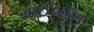
સાઈબાબા